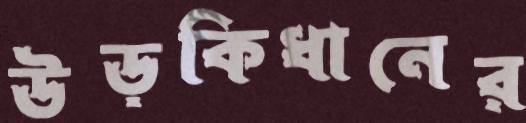
উড়কিধানের